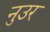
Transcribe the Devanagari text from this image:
नुउर